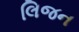
લિજન